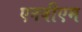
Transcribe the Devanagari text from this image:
एनबीएम